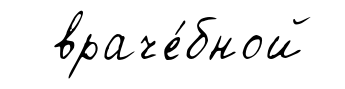
враче́бной